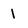
Character: 1